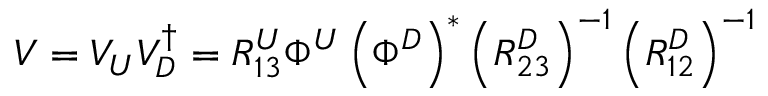
V = V _ { U } V _ { D } ^ { \dagger } = R _ { 1 3 } ^ { U } \Phi ^ { U } \left( \Phi ^ { D } \right) ^ { \ast } \left( R _ { 2 3 } ^ { D } \right) ^ { - 1 } \left( R _ { 1 2 } ^ { D } \right) ^ { - 1 }